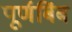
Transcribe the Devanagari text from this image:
पूर्णबिंब